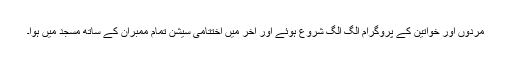
مردوں اور خواتین کے پروگرام الگ الگ شروع ہوئے اور آخر میں اختتامی سیشن تمام ممبران کے ساتھ مسجد میں ہوا۔